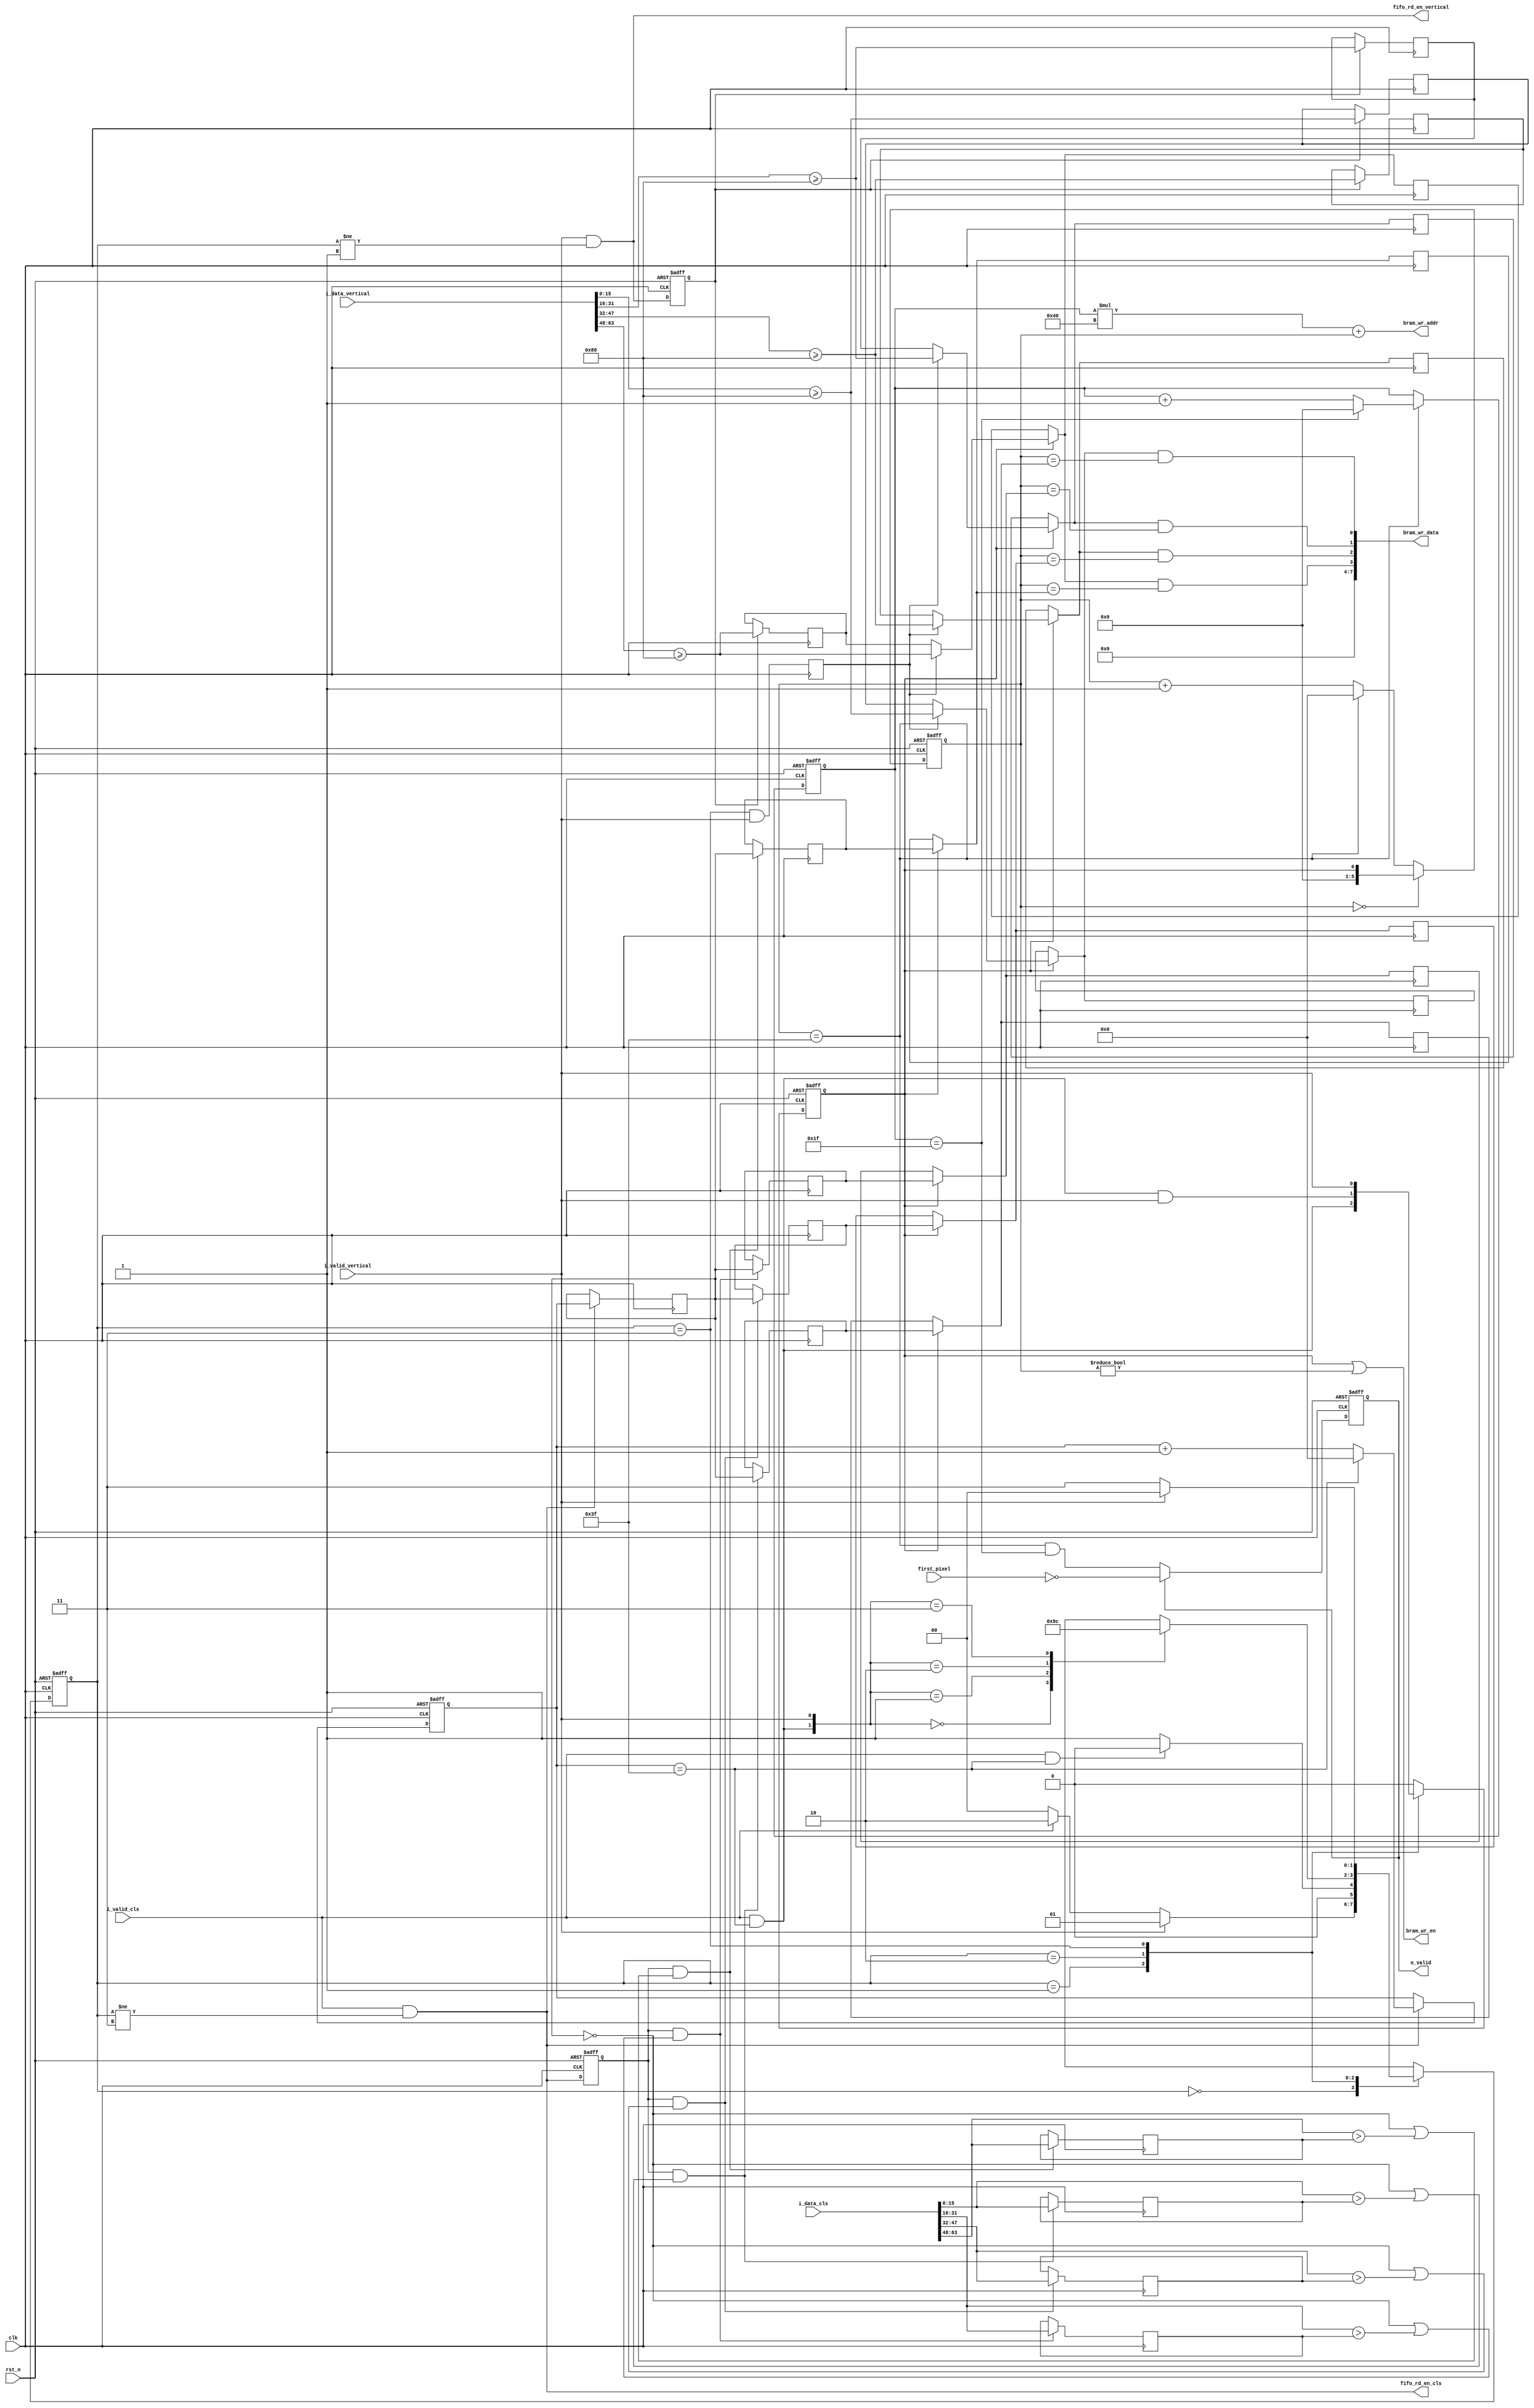
`timescale 1ns / 1ps

module post_process #(
    parameter OUT_WIDTH  = 64,
    parameter OUT_HEIGHT = 32,
    parameter NUM_LANES  = 4,
    parameter DATA_WIDTH = 16,
    parameter FRAC_BITS  = 8
)(
    output     [7:0]                              bram_wr_data,
    output     [$clog2(OUT_WIDTH*OUT_HEIGHT)-1:0] bram_wr_addr,
    output                                        bram_wr_en,
    output                                        fifo_rd_en_cls,
    output                                        fifo_rd_en_vertical,
    output reg                                    o_valid,
    input      [DATA_WIDTH*NUM_LANES-1:0]         i_data_cls,
    input      [DATA_WIDTH*NUM_LANES-1:0]         i_data_vertical,
    input                                         i_valid_cls,
    input                                         i_valid_vertical,
    input                                         first_pixel,
    input                                         clk,
    input                                         rst_n
);

    localparam                         INT_BITS        = DATA_WIDTH - FRAC_BITS;
    localparam signed [DATA_WIDTH-1:0] ZERO_POINT_FIVE = {{INT_BITS{1'b0}}, 1'b1, {FRAC_BITS-1{1'b0}}};

    genvar i;

    // Column counter
    reg  [$clog2(OUT_WIDTH)-1:0] col_cnt_1;
    wire                         col_cnt_1_limit = col_cnt_1 == OUT_WIDTH - 1;

    always @ (posedge clk or negedge rst_n) begin
        if (~rst_n) begin
            col_cnt_1 <= 0;
        end
        else if (fifo_rd_en_cls) begin
            col_cnt_1 <= col_cnt_1_limit ? 0 : col_cnt_1 + 1;
        end
    end

    // Control FSM
    localparam [1:0] IDLE                   = 2'd0;
    localparam [1:0] GOT_VERT_RECEIVING_CLS = 2'd1;
    localparam [1:0] NO_VERT_RECEIVING_CLS  = 2'd2;
    localparam [1:0] NO_VERT_FINISHED_CLS   = 2'd3;

    reg [1:0] current_state;
    reg [1:0] next_state;

    always @ (posedge clk or negedge rst_n) begin
        if (~rst_n) begin
            current_state <= IDLE;
        end
        else begin
            current_state <= next_state;
        end
    end

    always @ (*) begin
        case (current_state)
            IDLE : begin
                if (i_valid_vertical) begin
                    next_state <= GOT_VERT_RECEIVING_CLS;
                end
                else if (i_valid_cls) begin
                    next_state <= NO_VERT_RECEIVING_CLS;
                end
                else begin
                    next_state <= IDLE;
                end
            end

            GOT_VERT_RECEIVING_CLS : begin
                if (i_valid_cls && col_cnt_1_limit) begin
                    next_state <= IDLE;
                end
                else begin
                    next_state <= GOT_VERT_RECEIVING_CLS;
                end
            end

            NO_VERT_RECEIVING_CLS : begin
                case ({i_valid_cls & col_cnt_1_limit, i_valid_vertical})
                    2'b00: next_state <= NO_VERT_RECEIVING_CLS;
                    2'b01: next_state <= GOT_VERT_RECEIVING_CLS;
                    2'b10: next_state <= NO_VERT_FINISHED_CLS;
                    2'b11: next_state <= IDLE;
                endcase
            end

            NO_VERT_FINISHED_CLS : begin
                if (i_valid_vertical) begin
                    next_state <= IDLE;
                end
                else begin
                    next_state <= NO_VERT_FINISHED_CLS;
                end
            end

            default : next_state <= IDLE;
        endcase
    end

    // fifo_rd_en logic
    assign fifo_rd_en_cls      = i_valid_cls      && current_state != NO_VERT_FINISHED_CLS;
    assign fifo_rd_en_vertical = i_valid_vertical && current_state != GOT_VERT_RECEIVING_CLS;

    // Previous counter and fifo_rd_en
    reg [$clog2(OUT_WIDTH)-1:0] col_cnt_1_prev;
    reg                         fifo_rd_en_cls_prev;
    reg                         fifo_rd_en_vertical_prev;

    always @ (posedge clk or negedge rst_n) begin
        if (~rst_n) begin
            fifo_rd_en_cls_prev <= 1'b0;
            fifo_rd_en_vertical_prev <= 1'b0;
        end
        else begin
            fifo_rd_en_cls_prev <= fifo_rd_en_cls;
            fifo_rd_en_vertical_prev <= fifo_rd_en_vertical;
        end
    end

    always @ (posedge clk) begin
        if (fifo_rd_en_cls) begin
            col_cnt_1_prev <= col_cnt_1;
        end
    end

    // Data latch
    reg  signed [DATA_WIDTH-1:0]         max_cls[0:NUM_LANES-1];
    reg         [$clog2(OUT_WIDTH)-1:0]  max_cls_idx[0:NUM_LANES-1];
    reg         [NUM_LANES-1:0]          vertical;
    wire        [NUM_LANES-1:0]          vertical_;

    generate
        for (i = 0; i < NUM_LANES; i = i + 1) begin : gen0
            wire signed [DATA_WIDTH-1:0] cls_curr      = i_data_cls      [(i+1)*DATA_WIDTH-1:i*DATA_WIDTH];
            wire signed [DATA_WIDTH-1:0] vertical_curr = i_data_vertical [(i+1)*DATA_WIDTH-1:i*DATA_WIDTH];

            assign vertical_[i] = vertical_curr >= ZERO_POINT_FIVE;

            always @ (posedge clk) begin
                if (fifo_rd_en_cls_prev && (col_cnt_1_prev == 0 || cls_curr > max_cls[i])) begin
                    max_cls[i] <= cls_curr;
                    max_cls_idx[i] <= col_cnt_1_prev;
                end

                if (fifo_rd_en_vertical_prev) begin
                    vertical[i] <= vertical_[i];
                end
            end
        end
    endgenerate

    // Write stage
    reg write_stage_start;

    always @ (posedge clk or negedge rst_n) begin
        if (~rst_n) begin
            write_stage_start <= 1'b0;
        end
        else begin
            case (current_state)
                GOT_VERT_RECEIVING_CLS : write_stage_start <= i_valid_cls & col_cnt_1_limit;
                NO_VERT_RECEIVING_CLS  : write_stage_start <= i_valid_cls & col_cnt_1_limit & i_valid_vertical;
                NO_VERT_FINISHED_CLS   : write_stage_start <= i_valid_vertical;
                default                : write_stage_start <= 1'b0;
            endcase
        end
    end

    // Column counter
    reg [$clog2(OUT_WIDTH)-1:0] col_cnt_2;
    wire col_cnt_2_limit = col_cnt_2 == OUT_WIDTH - 1;

    always @ (posedge clk or negedge rst_n) begin
        if (~rst_n) begin
            col_cnt_2 <= 0;
        end
        else begin
            if (col_cnt_2 == 0) begin
                col_cnt_2 <= {{$clog2(OUT_WIDTH)-1{1'b0}}, write_stage_start};
            end
            else begin
                col_cnt_2 <= col_cnt_2_limit ? 0 : col_cnt_2 + 1;
            end
        end
    end

    // Row counter
    reg [$clog2(OUT_HEIGHT)-1:0] row_cnt_2;
    wire row_cnt_2_limit = row_cnt_2 == OUT_HEIGHT - 1;

    always @ (posedge clk or negedge rst_n) begin
        if (~rst_n) begin
            row_cnt_2 <= 0;
        end
        else if (col_cnt_2_limit) begin
            row_cnt_2 <= row_cnt_2_limit ? 0 : row_cnt_2 + 1;
        end
    end

    // Fix a dumb bug I missed
    reg f_ing_bug_fix;

    always @ (posedge clk) begin
        f_ing_bug_fix <= (current_state == NO_VERT_FINISHED_CLS) && i_valid_vertical;
    end

    generate
        for (i = 0; i < NUM_LANES; i = i + 1) begin : gen1
            // Write stage data latch
            reg [$clog2(OUT_WIDTH)-1:0] write_stage_max_cls_idx;
            reg write_stage_vertical;

            always @ (posedge clk) begin
                if (write_stage_start) begin
                    write_stage_max_cls_idx <= max_cls_idx[i];
                    write_stage_vertical <= f_ing_bug_fix ? vertical_[i] : vertical[i];
                end
            end

            // One hot input select
            wire [$clog2(OUT_WIDTH)-1:0] one_hot_max_cls_idx = write_stage_start ? max_cls_idx[i] : write_stage_max_cls_idx;
            wire                         one_hot_vertical    = write_stage_start ? (f_ing_bug_fix ? vertical_[i] : vertical[i]) : write_stage_vertical;

            // bram_wr_data
            assign bram_wr_data[i] = one_hot_vertical && col_cnt_2 == one_hot_max_cls_idx;
        end
    endgenerate

    assign bram_wr_data[7:NUM_LANES] = {8-NUM_LANES{1'b0}};
    assign bram_wr_addr              = row_cnt_2 * OUT_WIDTH + col_cnt_2;
    assign bram_wr_en                = write_stage_start || col_cnt_2 != 0;

    // o_valid
    always @ (posedge clk or negedge rst_n) begin
        if (~rst_n) begin
            o_valid <= 1'b0;
        end
        else begin
            if (~o_valid) begin
                o_valid <= col_cnt_2_limit & row_cnt_2_limit;
            end
            else begin
                o_valid <= ~first_pixel;
            end
        end
    end

endmodule